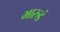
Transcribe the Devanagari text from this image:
भारुडं